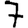
Digit: 7